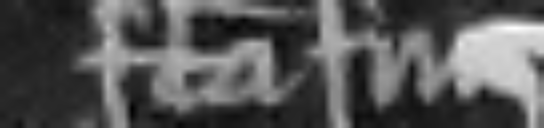
facta fuit